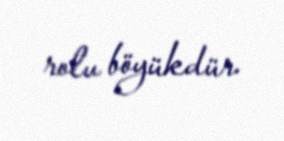
rolu böyükdür.